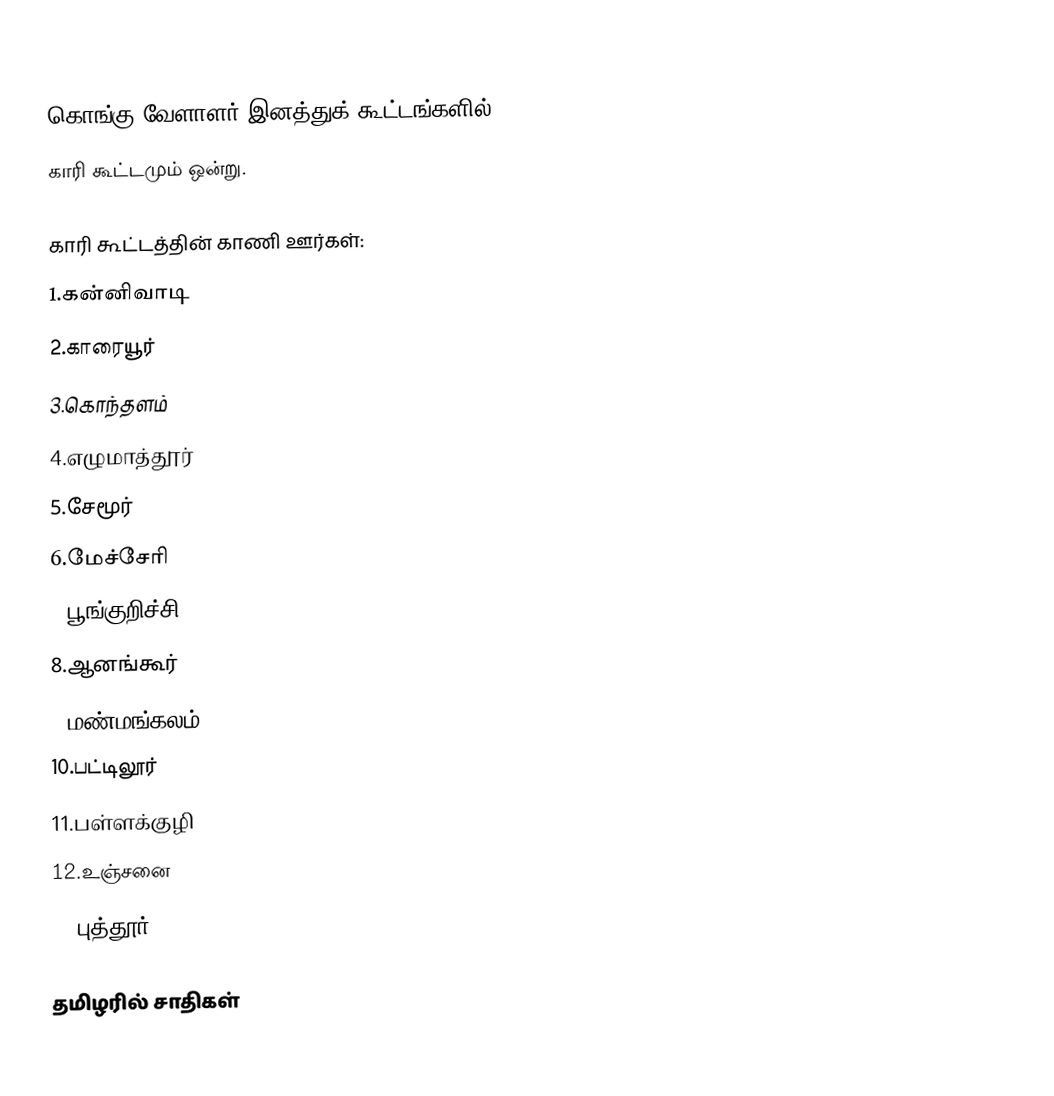
கொங்கு வேளாளர் இனத்துக் கூட்டங்களில்
காரி கூட்டமும் ஒன்று.

காரி கூட்டத்தின் காணி ஊர்கள்:
1.கன்னிவாடி
2.காரையூர்
3.கொந்தளம்
4.எழுமாத்தூர்
5.சேமூர்
6.மேச்சேரி
7.பூங்குறிச்சி
8.ஆனங்கூர்
9.மண்மங்கலம்
10.பட்டிலூர்
11.பள்ளக்குழி
12.உஞ்சனை
13.புத்தூர்

தமிழரில் சாதிகள்